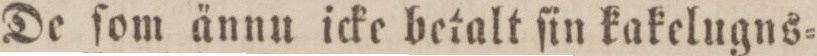
De ſom ännu icke betalt ſin kakelugns=